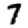
Digit: 7